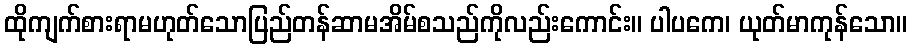
ထိုကျက်စားရာမဟုတ်သောပြည်တန်ဆာမအိမ်စသည်ကိုလည်းကောင်း။ ပါပကေ၊ ယုတ်မာကုန်သော။